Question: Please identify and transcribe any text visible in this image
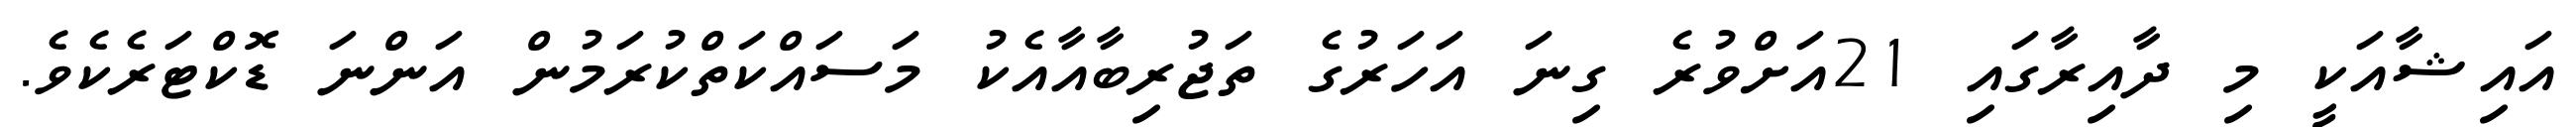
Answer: އައިޝާއަކީ މި ދާއިރާގައި 21އަށްވުރެ ގިނަ އަހަރުގެ ތަޖުރިބާއާއެކު މަސައްކަތްކުރަމުން އަންނަ ޑޮކްޓަރެކެވެ.